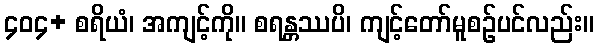
၄၀၄+ စရိယံ၊ အကျင့်ကို။ စရန္တဿပိ၊ ကျင့်တော်မူစဉ်ပင်လည်း။